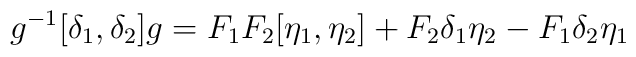
g^{-1} [\delta_1, \delta_2] g = F_1 F_2 [\eta_1, \eta_2]+F_2 \delta_1 \eta_2 - F_1 \delta_2 \eta_1